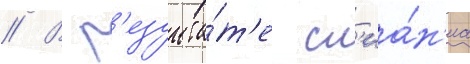
// В р'езульта́т'е сл'иа́н'иа